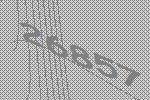
26857